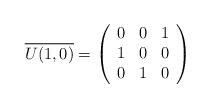
LaTeX: \begin{align*}\overline{U(1,0)}=\left(\begin{array}{ccc}0 & 0 & 1 \\1 & 0 & 0 \\0 & 1 & 0\end{array}\right)\end{align*}